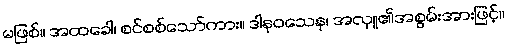
မဖြစ်။ အထခေါ၊ စင်စစ်သော်ကား။ ဒါနဝသေန၊ အလှူ၏အစွမ်းအားဖြင့်။